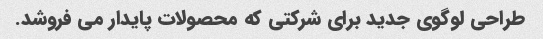
طراحی لوگوی جدید برای شرکتی که محصولات پایدار می فروشد.